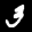
Label: 3